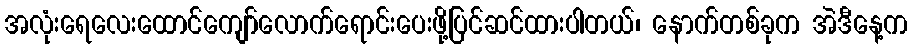
အလုံးရေလေးထောင်ကျော်လောက်ရောင်းပေးဖို့ပြင်ဆင်ထားပါတယ်၊ နောက်တစ်ခုက အဲဒီနေ့က